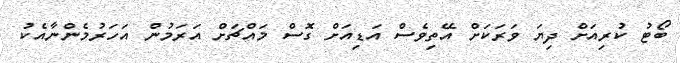
ބޯޓު ކުރިއަށް ދިޔަ ވަރަކަށް އޭތިވެސް އަޑިއަށް ގޮސް މައްޗަށް އަރަމުން އަހަރުމެންނާއެކު